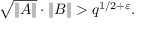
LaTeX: { \sqrt { \| A \| } } \cdot \| B \| > q ^ { 1 / 2 + \varepsilon } .